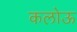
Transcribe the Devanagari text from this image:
कलोऊ